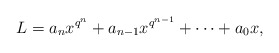
\begin{align*}L=a_nx^{q^n}+a_{n-1}x^{q^{n-1}}+\cdots +a_0x,\end{align*}